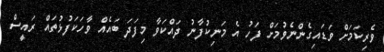
ވެރިކަމަށް ވަޑައިގެންނެވުމަށް ފަހު އެ މަނިކުފާނު ދައްކަވާ މިފަދަ ބައެއް ވާހަކަފުޅުތައް ރައީސް